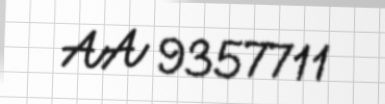
AA 9357711